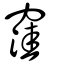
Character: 窪